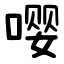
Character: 嘤